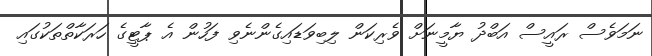
ނަމަވެސް ރައީސް އަބްދު ޔާމީނަށް ވެރިކަން ލިބިވަޑައިގެންނެވި ފަހުން އެ ޕާޓީގެ ހަރަކާތްތަކުގައި